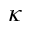
\kappa